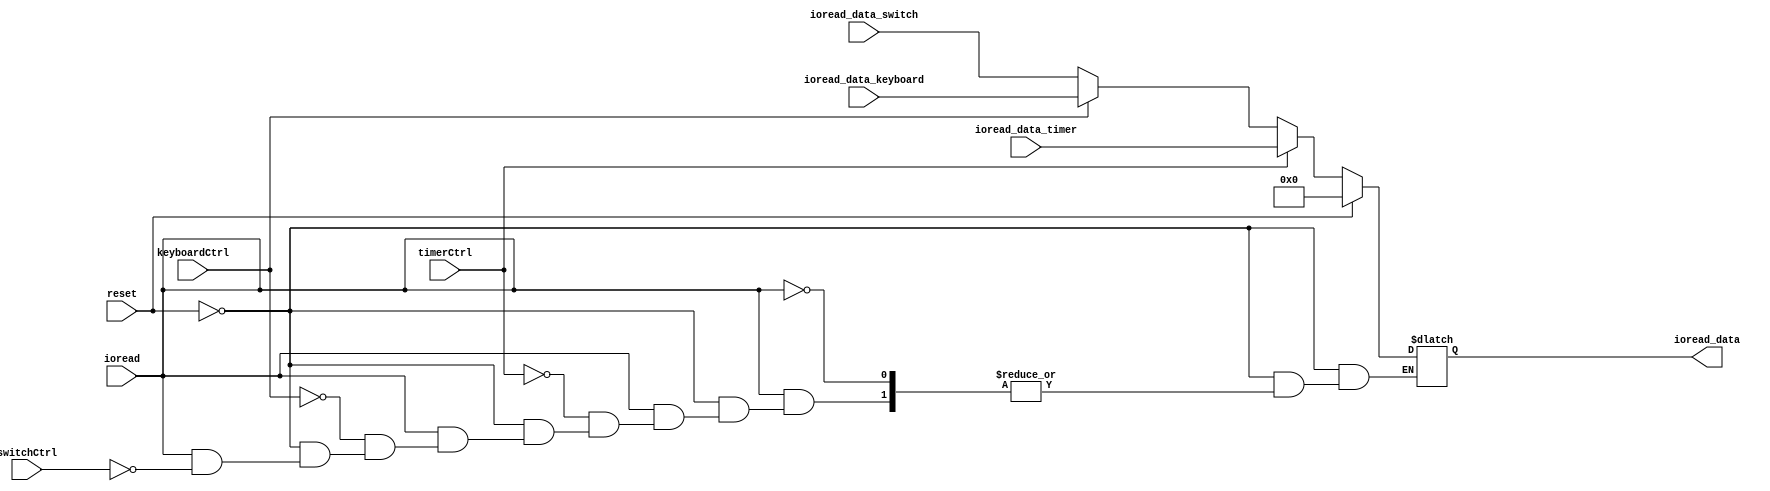
`timescale 1ns / 1ps
//////////////////////////////////////////////////////////////////////////////////

module ioread (
    input			reset,					//  
    input			ioread,					// I/O
    input			switchCtrl,				// memorio
    input	[15:0]	ioread_data_switch,		// 
    input           keyboardCtrl,
    input   [15:0]  ioread_data_keyboard,
    input           timerCtrl,
    input   [15:0]  ioread_data_timer,
    output reg[15:0] ioread_data	       // memorio
);
    
    always @* begin
        if(reset == 1)
            ioread_data = 16'b0000000000000000;
        else if(ioread == 1) begin
            if(switchCtrl == 1)
                ioread_data = ioread_data_switch;
            if(keyboardCtrl)
                ioread_data = ioread_data_keyboard;
            if(timerCtrl)
                ioread_data = ioread_data_timer;
            else   ioread_data = ioread_data;
        end
    end
endmodule